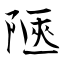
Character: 陿